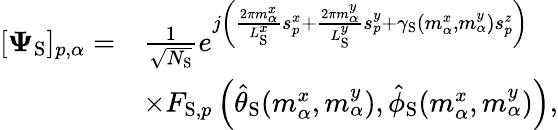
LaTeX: \begin{array}{rl}{[\boldsymbol{\Psi}_{\mathrm{S}}]_{p,\alpha}=}&{\frac{1}{\sqrt{N_{\mathrm{S}}}}e^{j\left(\frac{2\pi m_{\alpha}^{x}}{L_{\mathrm{S}}^{x}}s_{p}^{x}+\frac{2\pi m_{\alpha}^{y}}{L_{\mathrm{S}}^{y}}s_{p}^{y}+\gamma_{\mathrm{S}}(m_{\alpha}^{x},m_{\alpha}^{y})s_{p}^{z}\right)}}\\ &{\times F_{\mathrm{S},p}\left(\hat{\theta}_{\mathrm{S}}(m_{\alpha}^{x},m_{\alpha}^{y}),\hat{\phi}_{\mathrm{S}}(m_{\alpha}^{x},m_{\alpha}^{y})\right),}\end{array}